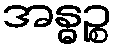
အန္ဓဉ္စ